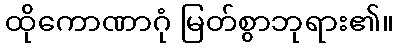
ထိုကောဏာဂုံ မြတ်စွာဘုရား၏။